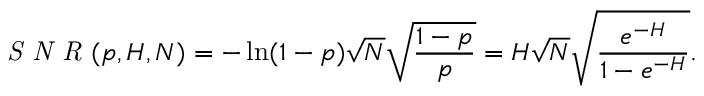
\textit { S N R } ( p , H , N ) = - \ln ( 1 - p ) \sqrt { N } \sqrt { \frac { 1 - p } { p } } = H \sqrt { N } \sqrt { \frac { e ^ { - H } } { 1 - e ^ { - H } } } .